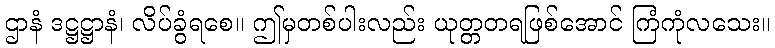
ဌာနံ ဒဋ္ဌဋ္ဌာနံ၊ လိပ်ခွံရစေ။ ဤမှတစ်ပါးလည်း ယုတ္တတရဖြစ်အောင် ကြံကုံလသေး။